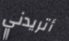
أتريدني